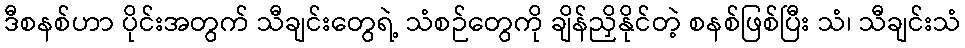
ဒီစနစ်ဟာ ပိုင်းအတွက် သီချင်းတွေရဲ့ သံစဉ်တွေကို ချိန်ညှိနိုင်တဲ့ စနစ်ဖြစ်ပြီး သံ၊ သီချင်းသံ